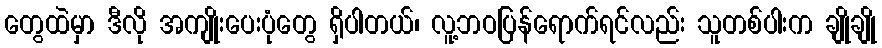
တွေထဲမှာ ဒီလို အကျိုးပေးပုံတွေ ရှိပါတယ်၊ လူ့ဘဝပြန်ရောက်ရင်လည်း သူတစ်ပါးက ချိုချို